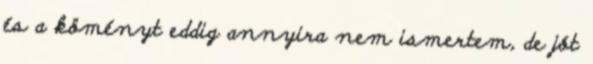
és a köményt eddig annyira nem ismertem, de jót